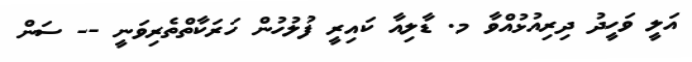
އަލީ ވަހީދު ދިރިއުޅުއްވާ މ. ޑާލިއާ ކައިރީ ފުލުހުން ހަރަކާތްތެރިވަނީ -- ސަން